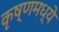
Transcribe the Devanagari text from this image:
कृष्णमध्ये